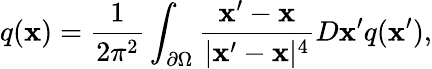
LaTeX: q(\mathbf{x})={\frac{{1}}{{2\pi^{2}}}}\int_{\partial\Omega}{\frac{{\mathbf{x}^{\prime}-\mathbf{x}}}{{|\mathbf{x}^{\prime}-\mathbf{x}|^{4}}}}D\mathbf{x}^{\prime}q(\mathbf{x}^{\prime}),